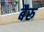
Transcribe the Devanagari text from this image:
बैरु